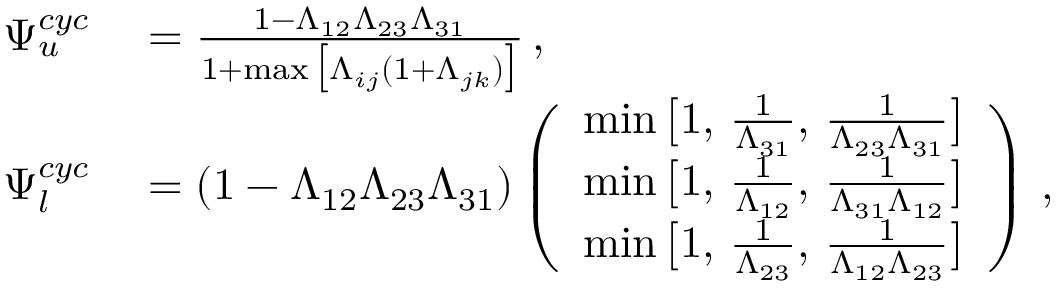
\begin{array} { r l } { \Psi _ { u } ^ { c y c } } & { { } = \frac { 1 - \Lambda _ { 1 2 } \Lambda _ { 2 3 } \Lambda _ { 3 1 } } { 1 + \operatorname* { m a x } \big [ \Lambda _ { i j } ( 1 + \Lambda _ { j k } ) \big ] } \, , } \\ { \Psi _ { l } ^ { c y c } } & { { } = ( 1 - \Lambda _ { 1 2 } \Lambda _ { 2 3 } \Lambda _ { 3 1 } ) \left( \begin{array} { l } { \operatorname* { m i n } \big [ 1 , \, \frac { 1 } { \Lambda _ { 3 1 } } , \, \frac { 1 } { \Lambda _ { 2 3 } \Lambda _ { 3 1 } } \big ] } \\ { \operatorname* { m i n } \big [ 1 , \, \frac { 1 } { \Lambda _ { 1 2 } } , \, \frac { 1 } { \Lambda _ { 3 1 } \Lambda _ { 1 2 } } \big ] } \\ { \operatorname* { m i n } \big [ 1 , \, \frac { 1 } { \Lambda _ { 2 3 } } , \, \frac { 1 } { \Lambda _ { 1 2 } \Lambda _ { 2 3 } } \big ] } \end{array} \right) \, , } \end{array}